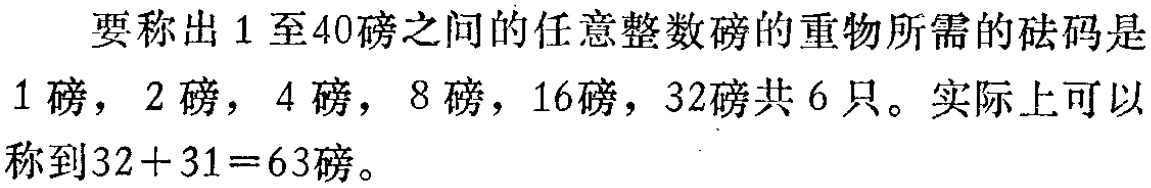
要称出 1 至40磅之间的任意整数磅的重物所需的砝码是1磅，2磅，4磅，8磅，16磅，32磅共 6 只。实际上可以称到\(32 + 31 = 63\)磅。